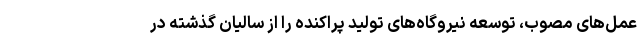
عمل‌های مصوب، توسعه نیروگاه‌های تولید پراکنده را از سالیان گذشته در